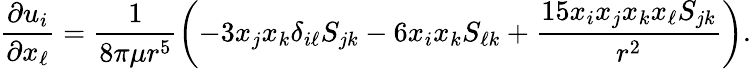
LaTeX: \frac{\partial u_{i}}{\partial x_{\ell}}=\frac{1}{8\pi\mu r^{5}}\left(-3x_{j}x_{k}\delta_{i\ell}S_{jk}-6x_{i}x_{k}S_{\ell k}+\frac{15x_{i}x_{j}x_{k}x_{\ell}S_{jk}}{r^{2}}\right).